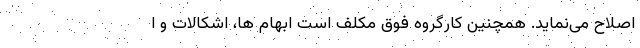
اصلاح می‌نماید. همچنین کارگروه فوق مکلف است ابهام ها، اشکالات و ا